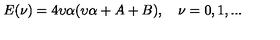
E ( \nu ) = 4 \upsilon \alpha ( \upsilon \alpha + A + B ) , \quad \nu = 0 , 1 , . . .